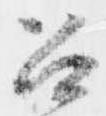
召